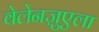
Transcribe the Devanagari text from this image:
वेलेनज़ुएला